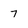
Character: 7